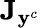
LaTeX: \mathbf{J}_{\mathbf{y}^{c}}